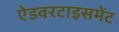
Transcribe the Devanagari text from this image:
ऐडवरटाइसमेंट